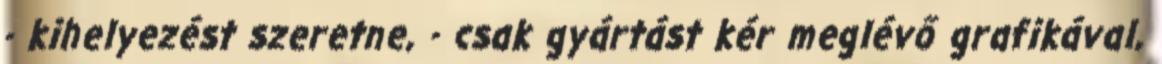
- kihelyezést szeretne, - csak gyártást kér meglévő grafikával,